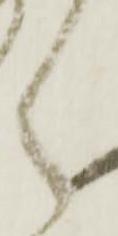
く